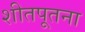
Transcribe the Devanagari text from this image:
शीतपूतना